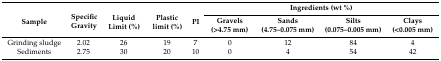
| <ROWSPAN=2> Sample | <ROWSPAN=2> Specific Gravity | <ROWSPAN=2> Liquid Limit (%) | <ROWSPAN=2> Plastic limit (%) | <ROWSPAN=2> PI | <COLSPAN=4> Ingredients (wt %) |
 | Gravels (>4.75 mm) | Sands (4.75–0.075 mm) | Silts (0.075–0.005 mm) | Clays (<0.005 mm) |
 | --- | --- | --- | --- | --- | --- | --- | --- | --- |
 | Grinding sludge | 2.02 | 26 | 19 | 7 | 0 | 12 | 84 | 4 |
 | Sediments | 2.75 | 30 | 20 | 10 | 0 | 4 | 54 | 42 |